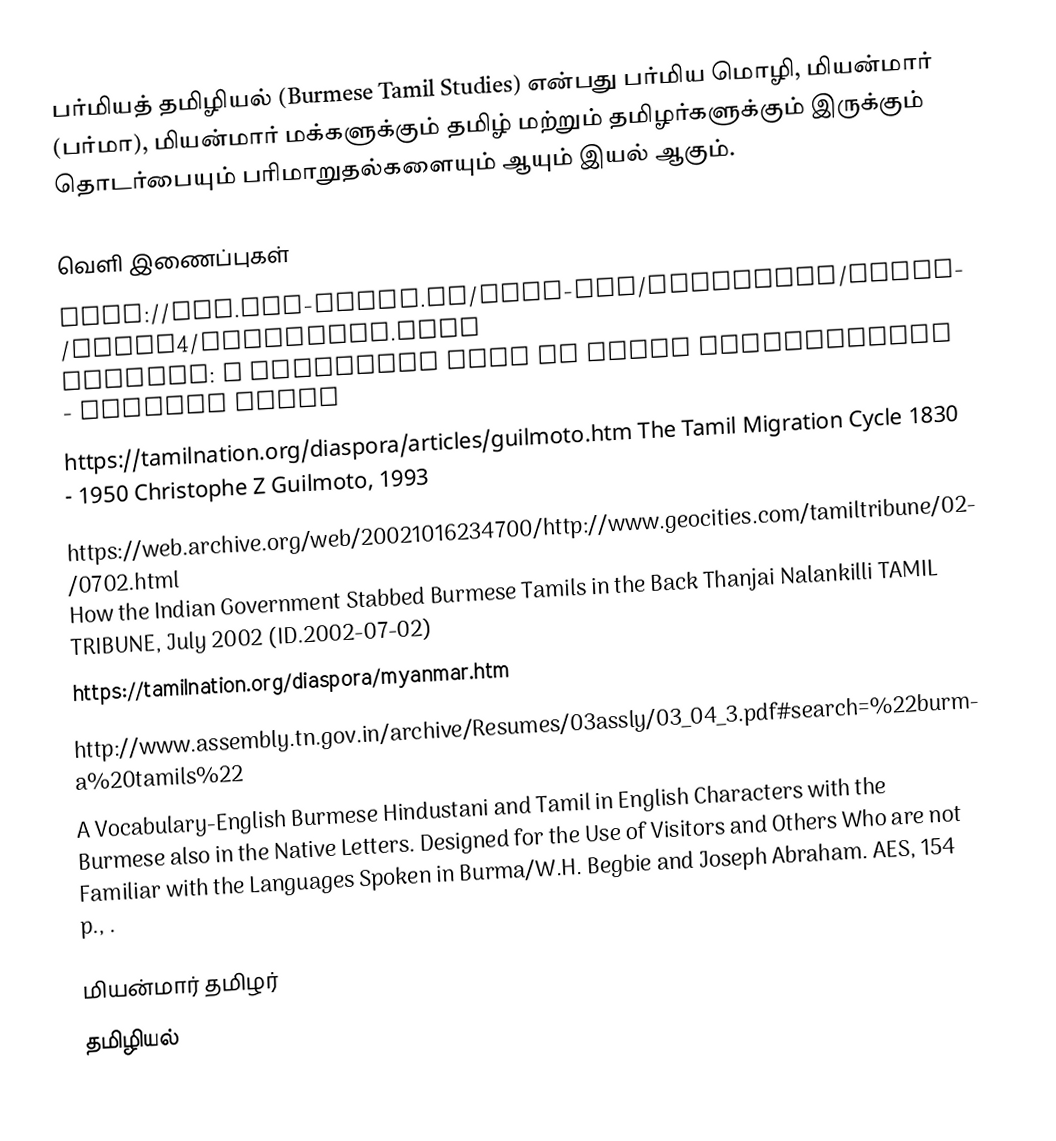
பர்மியத் தமிழியல் (Burmese Tamil Studies) என்பது பர்மிய மொழி, மியன்மார் (பர்மா), மியன்மார் மக்களுக்கும் தமிழ் மற்றும் தமிழர்களுக்கும் இருக்கும் தொடர்பையும் பரிமாறுதல்களையும் ஆயும் இயல் ஆகும்.

வெளி இணைப்புகள்
 http://www.uni-koeln.de/phil-fak/indologie/kolam/kolam4/gregjames.html  Myanmar: A Neglected Area of Tamil Lexicography - Gregory James
 https://tamilnation.org/diaspora/articles/guilmoto.htm The Tamil Migration Cycle 1830 - 1950 Christophe Z Guilmoto, 1993
 https://web.archive.org/web/20021016234700/http://www.geocities.com/tamiltribune/02/0702.html How the Indian Government Stabbed Burmese Tamils in the Back Thanjai Nalankilli TAMIL TRIBUNE, July 2002 (ID.2002-07-02)
 https://tamilnation.org/diaspora/myanmar.htm
 http://www.assembly.tn.gov.in/archive/Resumes/03assly/03_04_3.pdf#search=%22burma%20tamils%22
 A Vocabulary-English Burmese Hindustani and Tamil in English Characters with the Burmese also in the Native Letters. Designed for the Use of Visitors and Others Who are not Familiar with the Languages Spoken in Burma/W.H. Begbie and Joseph Abraham. AES, 154 p., .

மியன்மார் தமிழர்
தமிழியல்